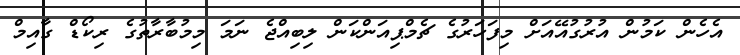
އެހެން ކަމުން އުރުގުއޭއަށް މިފަހަރުގެ ޗެމްޕިއަންކަން ލިބިއްޖެ ނަމަ މިމުބާރާތުގެ ރިކޯޑް ގާއިމް